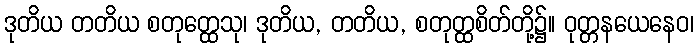
ဒုတိယ တတိယ စတုတ္ထေသု၊ ဒုတိယ, တတိယ, စတုတ္ထစိတ်တို့၌။ ဝုတ္တနယေနေဝ၊